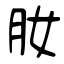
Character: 肗